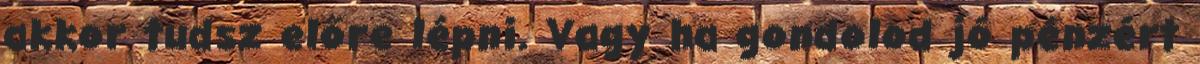
akkor tudsz előre lépni. Vagy ha gondolod jó pénzért